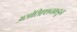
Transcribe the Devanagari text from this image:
असोसिएशनकडून